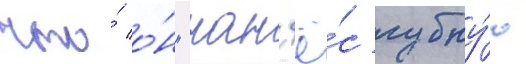
что́ о́н "нан'ё́с губну́ю